Vaccination Hyderabad 1872-1889 - 1872-1889
Year: 1872
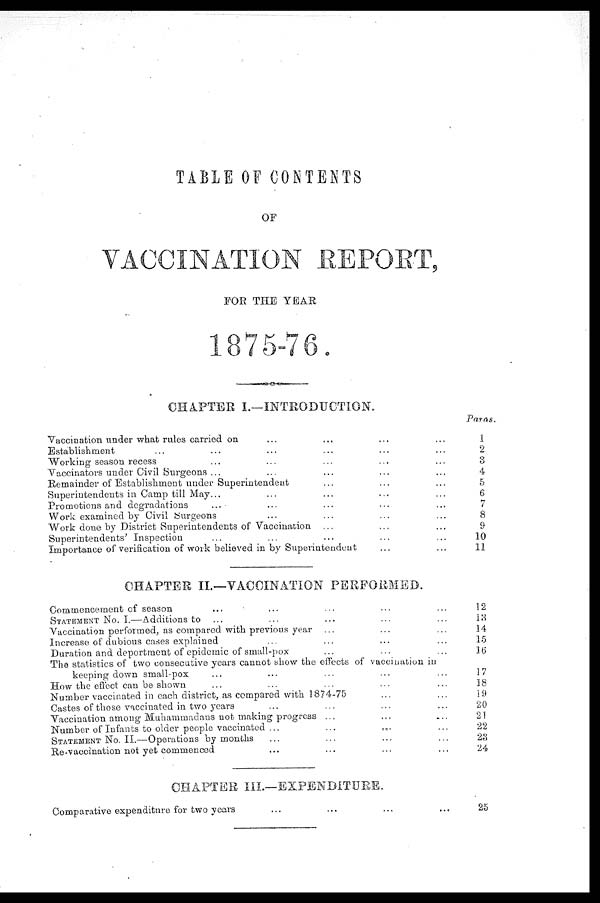
TABLE OF CONTENTS
OF
VACCINATION REPORT,
FOR THE YEAR
1875-76.
CHAPTER I.—INTRODUCTION.
Vaccination under what rules carried on
...
...
...
...
Establishment
...
...
...
...
...
...
Working season recess
...
...
...
...
...
Vaccinators under Civil Surgeons ...
...
...
...
...
Remainder of Establishment under Superintendent
...
...
...
Superintendents in Camp till May...
...
...
...
...
Promotions and degradations
...
...
...
...
...
Work examined by Civil Surgeons
...
...
...
...
Work done by District Superintendents of Vaccination ...
...
...
Superintendents' Inspection
...
...
...
...
...
Importance of verification of work believed in by Superintended
...
...
Paras.
1
2
3
4
5
6
7
8
9
10
11
CHAPTER II.—VACCINATION PERFORMED.
Commencement of season ... ... ... ... ...
STATEMENT No. I.—Additions to ... ... ... ... ...
Vaccination performed, as compared with previous year ... ... ...
Increase of dubious cases explained ... ... ... ... ...
Duration and deportment of epidemic of small-pox ... ... ... ... ...
The statistics of two consecutive years cannot show the effects of vaccination in
keeping down small-pox ... ... ... ... ...
How the effect can be shown ... ... ... ... ...
Number vaccinated in each district, as compared with 1874-75 ... ... ...
Castes of those vaccinated in two years ... ... ... ... ...
Vaccination among Muhammadans not making progress ... ... ... ... ...
Number of Infants to older people vaccinated ...
...
.... ... ...
STATEMENTNO.II.—Operations by months ... ... ... ... ...
Re-vaccination not yet commenced ... ... ... ... ...
12
13
14
15
16
17
18
19
20
21
22
23
24
CHAPTER III.—EXPENDITURE.
Comparative expenditnre for two years ... ... ... ...
25